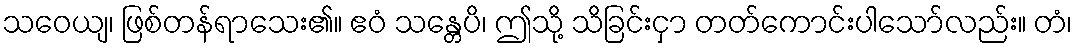
သဝေယျ၊ ဖြစ်တန်ရာသေး၏။ ဧဝံ သန္တေပိ၊ ဤသို့ သိခြင်းငှာ တတ်ကောင်းပါသော်လည်း။ တံ၊